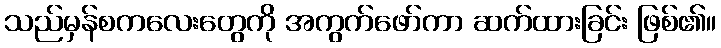
သည်မှန်စကလေးတွေကို အကွက်ဖော်ကာ ဆက်ထားခြင်း ဖြစ်၏။